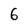
Character: 6